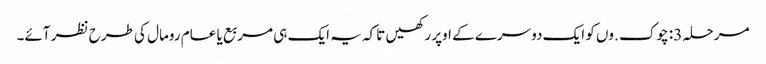
مرحلہ 3: چوک .وں کو ایک دوسرے کے اوپر رکھیں تاکہ یہ ایک ہی مربع یا عام رومال کی طرح نظر آئے۔